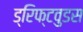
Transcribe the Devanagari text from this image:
ड्रिफ्टवुडस